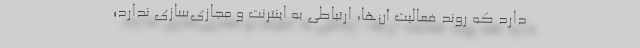
دارد که روند فعالیت آن‌ها، ارتباطی به اینترنت و مجازی‌سازی ندارد؛